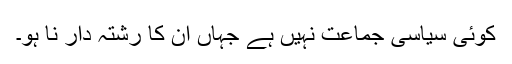
کوئی سیاسی جماعت نہیں ہے جہاں ان کا رشتہ دار نا ہو۔